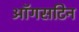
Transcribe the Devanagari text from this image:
ऑगसटिन